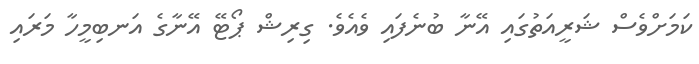
ކަމަށްވެސް ޝަރީއަތުގައި އޭނާ ބުނެފައި ވެއެވެ. ގިރިޝް ޕޯޓޭ އޭނާގެ އަނބިމީހާ މަރައި